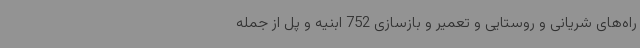
راه‌های شریانی و روستایی و تعمیر و بازسازی 752 ابنیه و پل از جمله